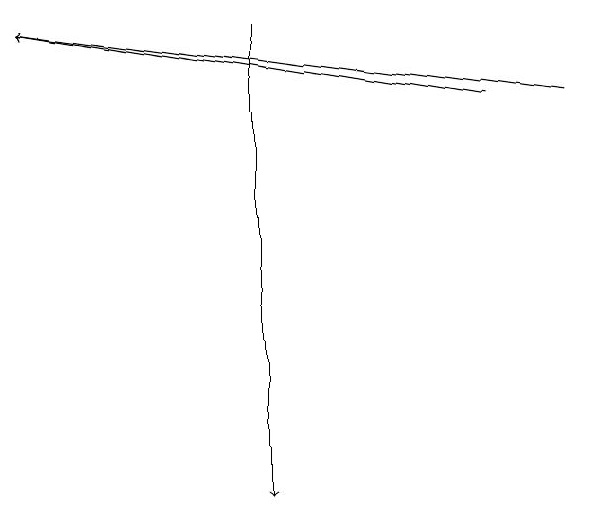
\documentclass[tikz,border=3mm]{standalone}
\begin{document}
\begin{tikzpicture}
\draw[->] (9,16) -- (2,17);
\draw[->] (5,17) -- (5,11);
\draw[->] (8,16) -- (2,17);
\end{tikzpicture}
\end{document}